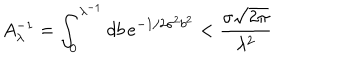
LaTeX: A _ { \lambda } ^ { - 1 } = \int _ { 0 } ^ { \lambda ^ { - 1 } } d b \, e ^ { - 1 / 2 \sigma ^ { 2 } b ^ { 2 } } < { \frac { \sigma \sqrt { 2 \pi } } { \lambda ^ { 2 } } }